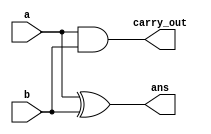
`timescale 1ns / 1ps
//////////////////////////////////////////////////////////////////////////////////
// Company: 
// Engineer: 
// 
// Design Name: 
// Module Name: half_adder
// Project Name: 
// Target Devices: 
// Tool Versions: 
// Description: 
// 
// Dependencies: 
// 
// Revision:
// Revision 0.01 - File Created
// Additional Comments:
// 
//////////////////////////////////////////////////////////////////////////////////


module half_adder(
    input wire a,
    input wire b,
    output wire ans,
    output wire carry_out
);
    wire S1 , S2 , S3; 
    xor x1 (ans , a , b);
    and a1 (carry_out , a , b); 

endmodule